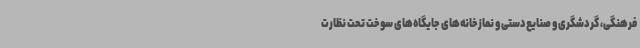
فرهنگی، گردشگری و صنایع‌دستی و نمازخانه‌های جایگاه‌های سوخت تحت نظارت